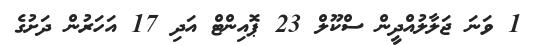
1 ވަނަ ޖަލާލުއްދީން ސްކޫލް 23 ޕޮއިންޓް އަދި 17 އަހަރުން ދަށުގެ